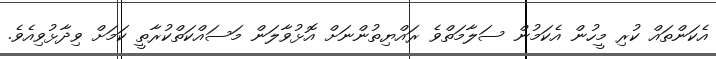
އެކަންތައް ކުރި މީހުން އެކަމުން ސަލާމަތްވެ ރައްޔިތުންނަށް އޮޅުވާލަން މަސައްކަތްކުރާތީ ކަމަށް ވިދާޅުވިއެވެ.